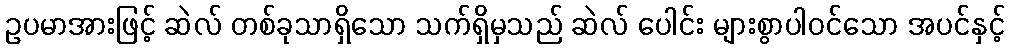
ဥပမာအားဖြင့် ဆဲလ် တစ်ခုသာရှိသော သက်ရှိမှသည် ဆဲလ် ပေါင်း များစွာပါဝင်သော အပင်နှင့်